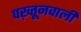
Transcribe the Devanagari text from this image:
पख़्तूनवाली